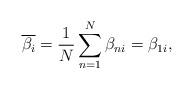
LaTeX: \begin{align*}\overline{\beta _{i}} = \frac{1}{N}\sum_{n=1}^{N}{\beta _{ni}} = \beta _{1i},\end{align*}